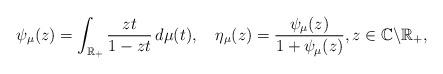
LaTeX: \begin{align*}\psi_{\mu}(z)=\int_{\mathbb{R}_{+}}\frac{zt}{1-zt}\,d\mu(t),\quad\eta_{\mu}(z)=\frac{\psi_{\mu}(z)}{1+\psi_{\mu}(z)},z\in\mathbb{C}\backslash\mathbb{R}_{+},\end{align*}